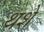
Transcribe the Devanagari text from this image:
थशे